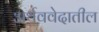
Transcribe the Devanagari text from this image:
अर्थववेदातील